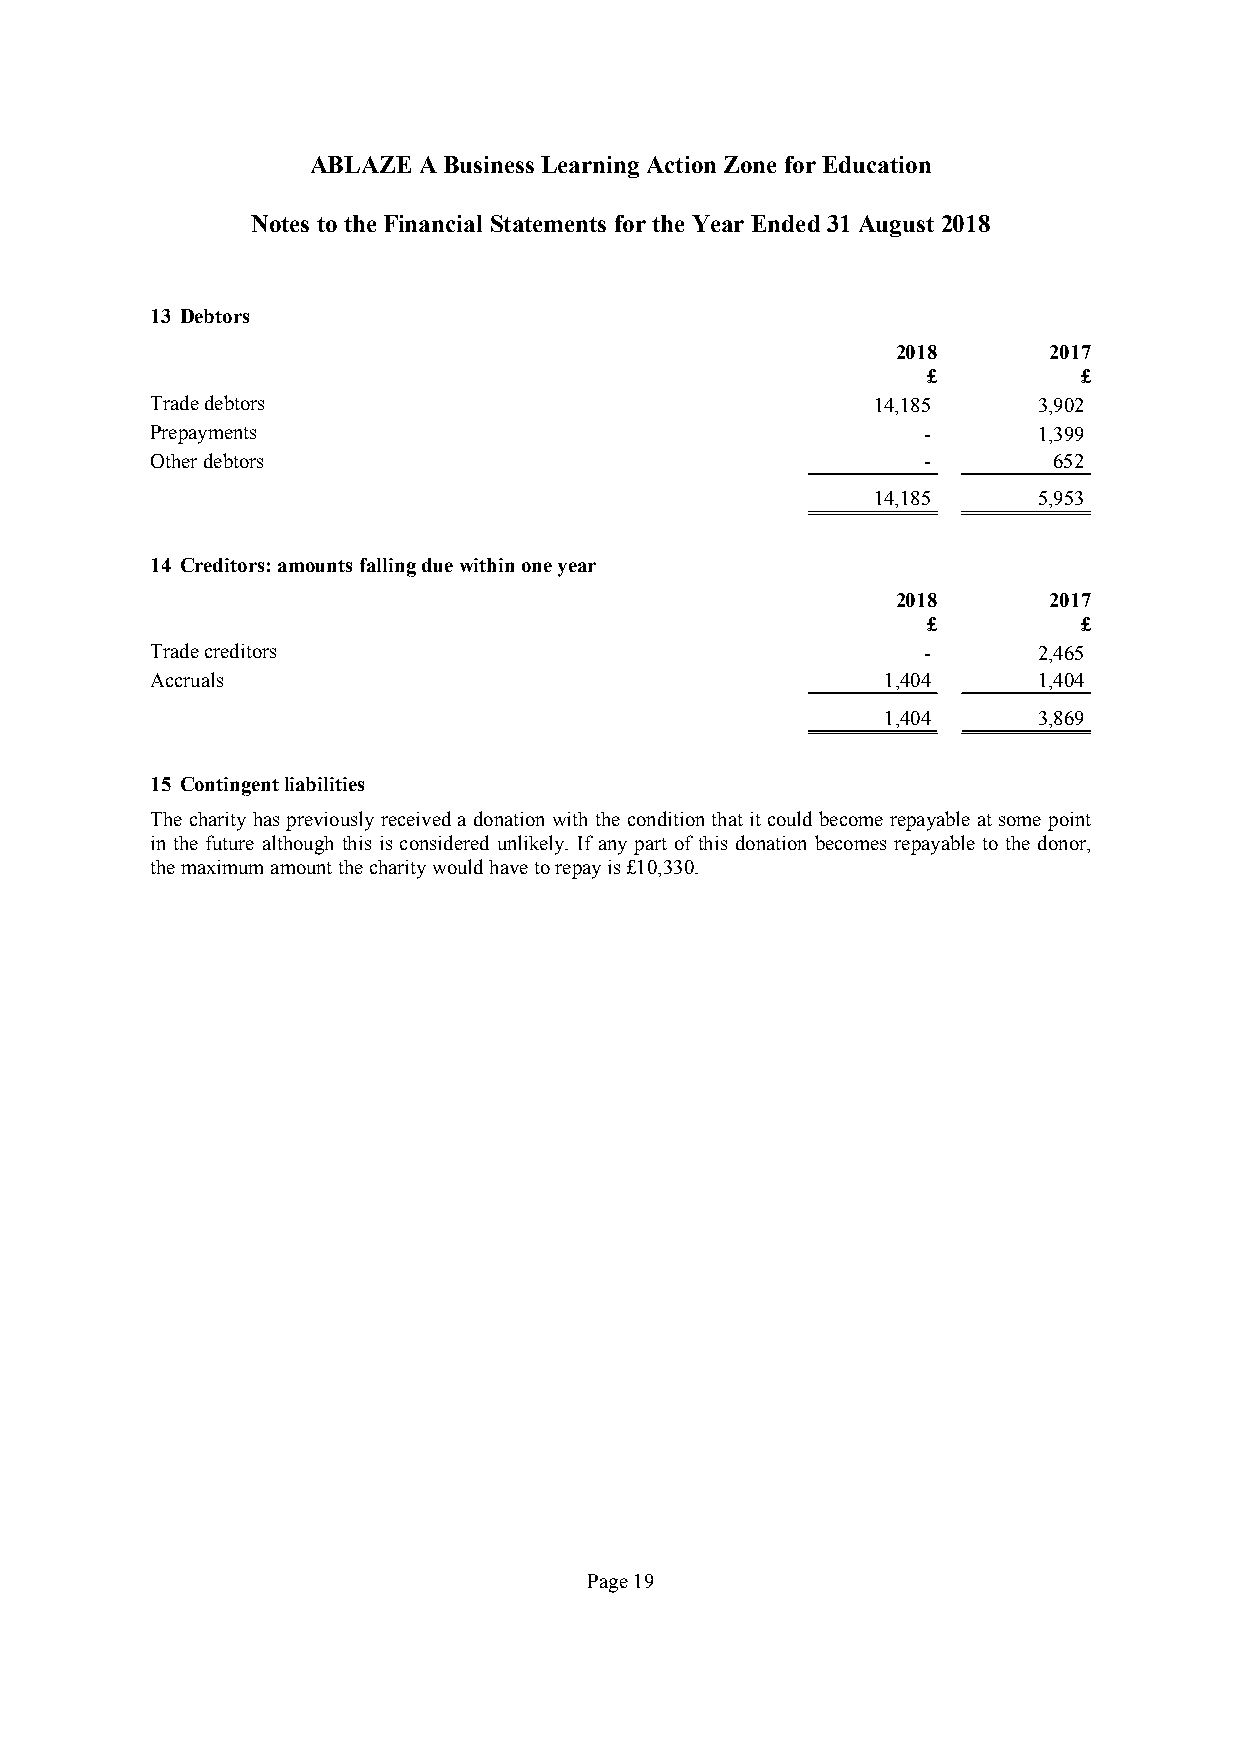
ABLAZE  ABusinessLearning Action Zone forEducation
 Notes totheFinancial Statements fortheYear Ended31August2018
 13 Debtors
 2018      2017
 £          £
 Tradedebtors                                    14,185     3,902
 Prepayments                                        -       1,399
 Otherdebtors                                       -        652
 14,185     5,953
 14 Creditors:amountsfallingduewithinoneyear
 2018      2017
 £          £
 Tradecreditors                                     -       2,465
 Accruals                                        1,404      1,404
 1,404      3,869
 15 Contingentliabilities
 Thecharity haspreviously receiveda donationwith the conditionthatitcould become repayable atsome point
 in the future although this is considered unlikely. If any part of this donation becomes repayable to the donor,
 themaximum amountthecharitywouldhavetorepayis£10,330.
 Page19